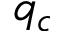
q _ { c }